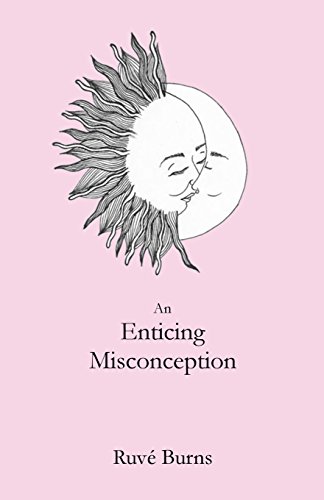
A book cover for An Enticing Misconception: A Book of Prose and Poetry; RuvÃ© Burns; Literature & Fiction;